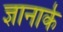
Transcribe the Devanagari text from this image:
ज्ञानार्क